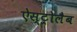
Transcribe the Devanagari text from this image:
ऐस्ट्रोलैब